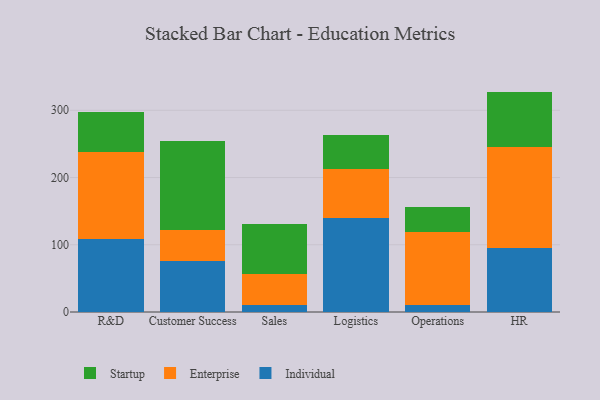
{"axis": {"x": "Department", "y": "Market Share (%)"}, "legend": ["Enterprise", "Individual", "Startup"], "data": [{"x": "R&D", "y": 108.4, "type": "Individual"}, {"x": "R&D", "y": 129.1, "type": "Enterprise"}, {"x": "R&D", "y": 59.9, "type": "Startup"}, {"x": "Customer Success", "y": 75.7, "type": "Individual"}, {"x": "Customer Success", "y": 45.9, "type": "Enterprise"}, {"x": "Customer Success", "y": 133.4, "type": "Startup"}, {"x": "Sales", "y": 11.1, "type": "Individual"}, {"x": "Sales", "y": 45.3, "type": "Enterprise"}, {"x": "Sales", "y": 74.8, "type": "Startup"}, {"x": "Logistics", "y": 139.5, "type": "Individual"}, {"x": "Logistics", "y": 72.9, "type": "Enterprise"}, {"x": "Logistics", "y": 51.6, "type": "Startup"}, {"x": "Operations", "y": 11.0, "type": "Individual"}, {"x": "Operations", "y": 108.4, "type": "Enterprise"}, {"x": "Operations", "y": 36.2, "type": "Startup"}, {"x": "HR", "y": 95.4, "type": "Individual"}, {"x": "HR", "y": 149.7, "type": "Enterprise"}, {"x": "HR", "y": 82.7, "type": "Startup"}]}